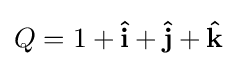
Q=1+\mathbf {\hat {i}} +\mathbf {\hat {j}} +\mathbf {\hat {k}}